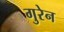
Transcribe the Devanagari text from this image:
गुरेन